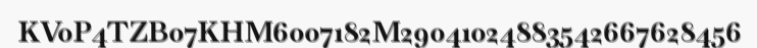
KV0P4TZB07KHM6007182M29041024883542667628456